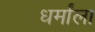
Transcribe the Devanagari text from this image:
धर्मांला